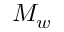
M _ { w }